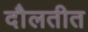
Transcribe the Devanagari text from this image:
दौलतीत